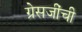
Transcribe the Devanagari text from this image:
ग्रेसजींची